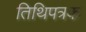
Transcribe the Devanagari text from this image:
तिथिपत्रक